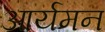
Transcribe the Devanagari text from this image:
आर्यमन